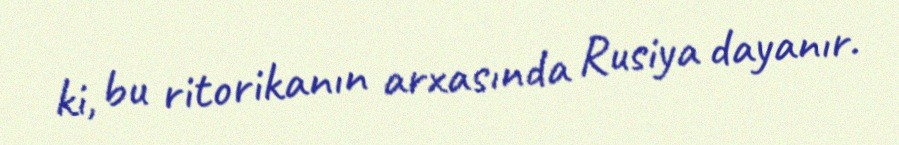
ki, bu ritorikanın arxasında Rusiya dayanır.